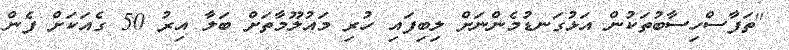
"ތަފާސްހިސާބުތަކުން އަޅުގަނޑުމެންނަށް ލިބިފައި ހުރި މައުލޫމާތަށް ބަލާ އިރު 50 ގެއަކަށް ފެން